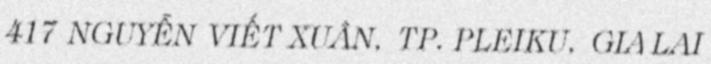
417 NGUYỄN VIẾT XUÂN, TP. PLEIKU, GIA LAI